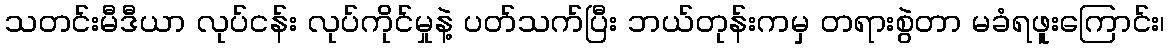
သတင်းမီဒီယာ လုပ်ငန်း လုပ်ကိုင်မှုနဲ့ ပတ်သက်ပြီး ဘယ်တုန်းကမှ တရားစွဲတာ မခံရဖူးကြောင်း၊